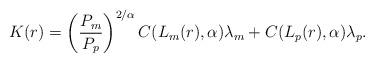
LaTeX: \begin{align*} K(r)=\left(\frac{P_m}{P_p}\right)^{2/\alpha}C(L_m(r),\alpha)\lambda_m + C(L_p(r),\alpha)\lambda_p.\end{align*}